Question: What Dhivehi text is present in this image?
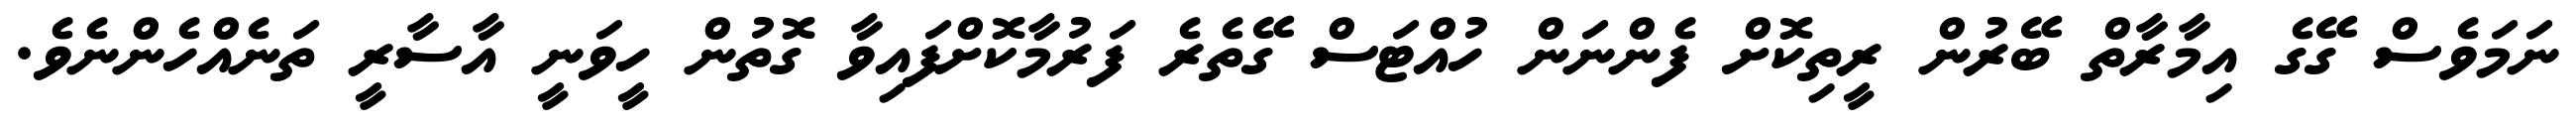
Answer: ނަމަވެސް ގޭގެ އިމާރާތް ބޭރުން ރީތިކޮށް ފެންނަން ހުއްޓަސް ގޭތެރެ ފަރުމާކޮށްފައިވާ ގޮތުން ހީވަނީ އާސާރީ ތަނެއްހެންނެވެ.